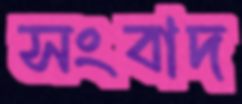
সংবাদ